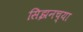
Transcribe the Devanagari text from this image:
सिझनच्या